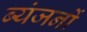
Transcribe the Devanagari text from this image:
ब्यंजनों